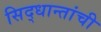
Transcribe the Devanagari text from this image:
सिद्धान्तांची